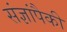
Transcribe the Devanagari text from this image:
संज्ञांपैकी